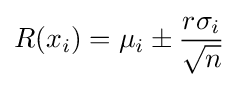
R(x_{i})=\mu _{i}\pm {\frac {r\sigma _{i}}{\sqrt {n}}}